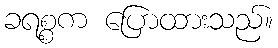
ခရစ္စက ပြောထားသည်။